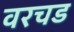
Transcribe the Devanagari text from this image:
वरचड